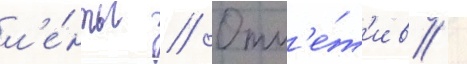
л'е́нты // Отм'е́т'ив /